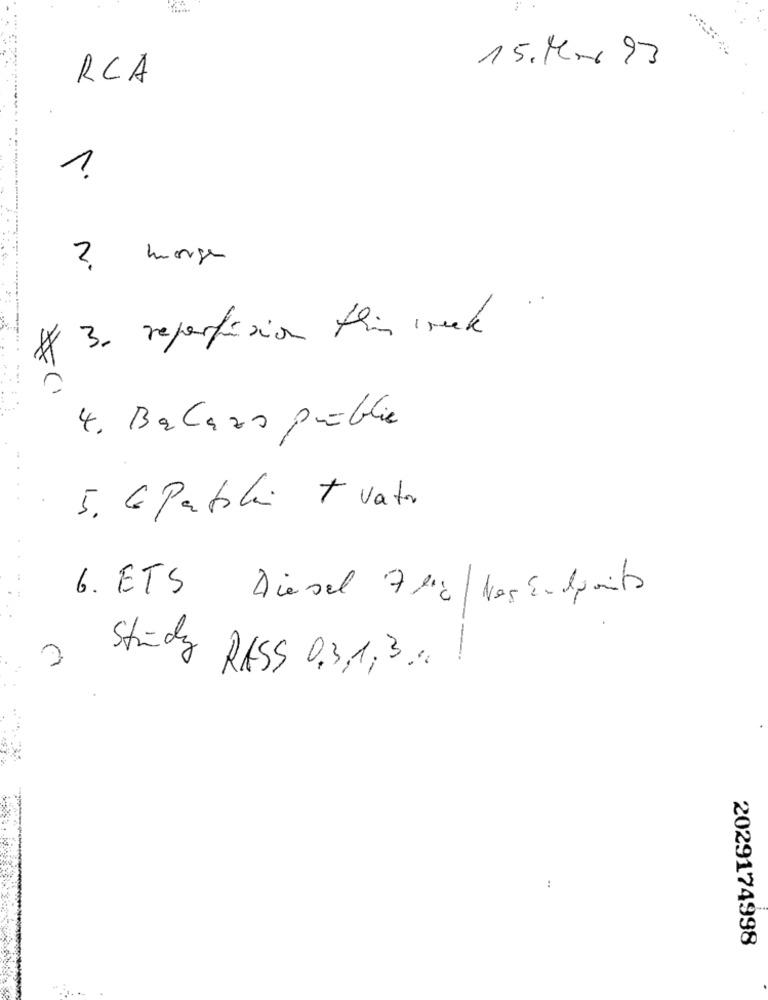
15. M. 93
RCA
...
1
2. morgen
3. reportision this week
*
4. Bacaro public
5. GPatoli + vater
6. ETS Diesel 7 Mg/Nas Endpoints
Strindy RASS 0,3,1, 3 .. .
..
2029174998